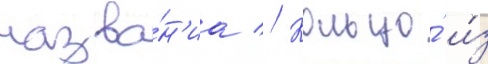
назва́н'иа // Кольцо́ и́з